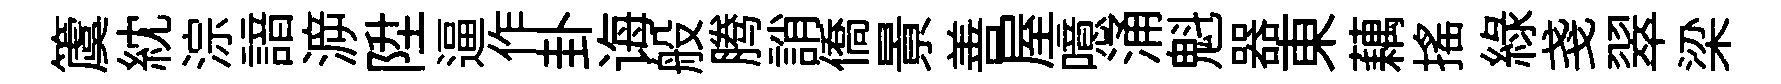
𥵂紞淙諳㴑陞逼作卦诲般腾誚僑㬌善屋噫涌魁器東藕搖綠戔翠梁